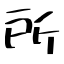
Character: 所